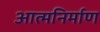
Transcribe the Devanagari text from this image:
आत्मनिर्माण